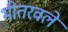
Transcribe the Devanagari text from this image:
भीतरवले